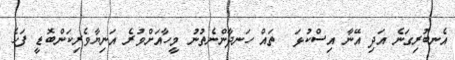
އެނބުރިގަނެ އަދި އޭނާ އިސްކުޅަ  ތައް ހަނދާންނެތުނު މީހާއަށްވުރެ އަނިޔާވެރިކަންބޮޑީ ފަހެ